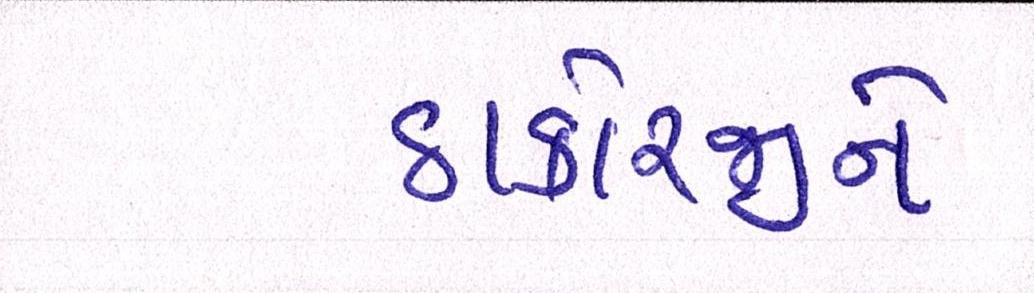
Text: ઠાકોરજીને